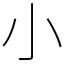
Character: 小